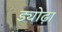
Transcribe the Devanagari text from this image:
ड्योढ़ा